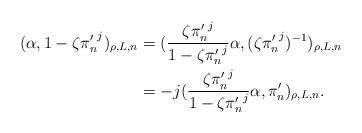
LaTeX: \begin{align*} (\alpha,1-\zeta {\pi'_n}^j)_{\rho,L,n} & = (\dfrac{\zeta {\pi'_n}^j}{1-\zeta {\pi'_n}^j} \alpha, (\zeta {\pi'_n}^j)^{-1})_{\rho,L,n} \\ & = -j (\dfrac{\zeta {\pi'_n}^j}{1-\zeta {\pi'_n}^j} \alpha, \pi'_n)_{\rho,L,n} . \end{align*}